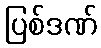
ပြစ်ဒဏ်